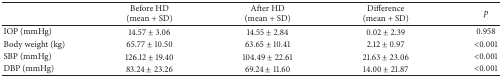
<table><thead><tr><td><b> </b></td><td><b>Before HD(mean + SD)</b></td><td><b>After HD(mean + SD)</b></td><td><b>Difference (mean + SD)</b></td><td><b><i>p</i></b></td></tr></thead><tbody><tr><td>IOP (mmHg)</td><td>14.57 ± 3.06</td><td>14.55 ± 2.84</td><td>0.02 ± 2.39</td><td>0.958</td></tr><tr><td>Body weight (kg)</td><td>65.77 ± 10.50</td><td>63.65 ± 10.41</td><td>2.12 ± 0.97</td><td>&lt;0.001</td></tr><tr><td>SBP (mmHg)</td><td>126.12 ± 19.40</td><td>104.49 ± 22.61</td><td>21.63 ± 23.06</td><td>&lt;0.001</td></tr><tr><td>DBP (mmHg)</td><td>83.24 ± 23.26</td><td>69.24 ± 11.60</td><td>14.00 ± 21.87</td><td>&lt;0.001</td></tr></tbody></table>